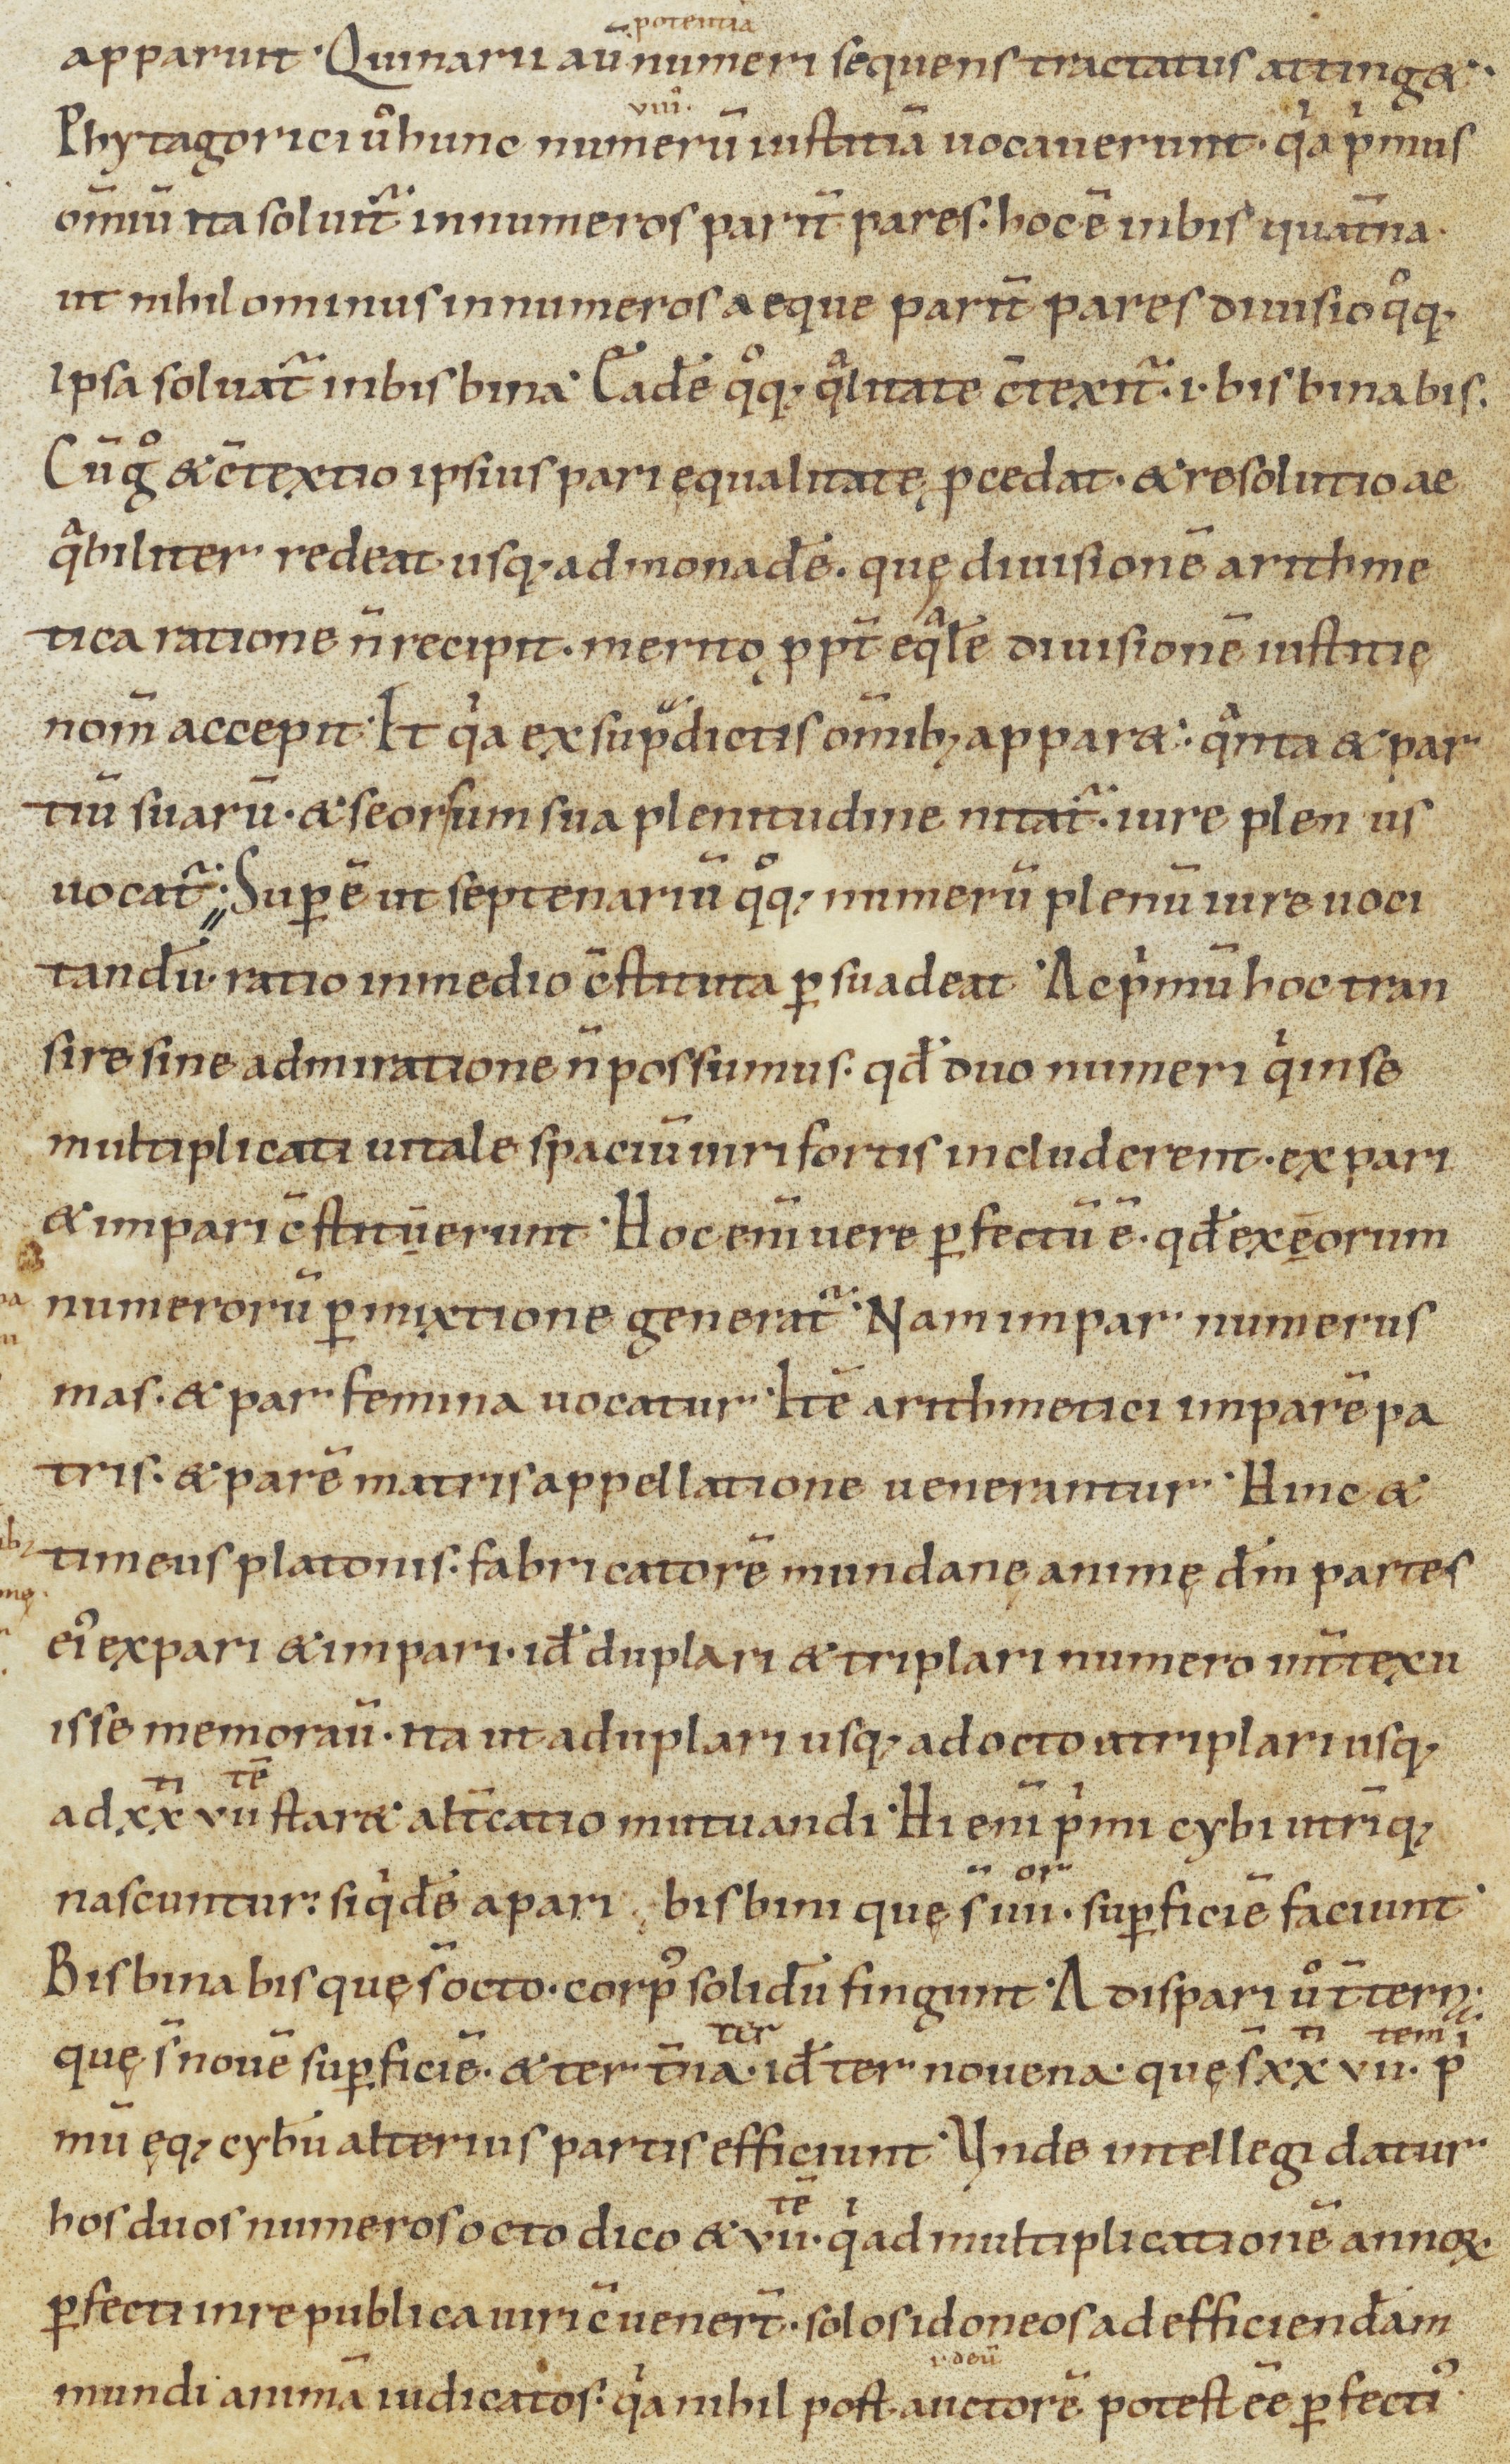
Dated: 900–1199